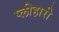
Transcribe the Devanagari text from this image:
प्लीहारी